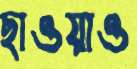
ছাওয়াও